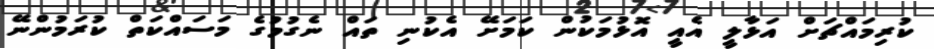
ކުރިމައްޗަށް އަޅާލީ އެއީ އޮޅުމަކުން ކަމަށޭ އެކުނި ތައް ނެގުމުގެ މަސައްކަތް ކުރަމުންނޭ